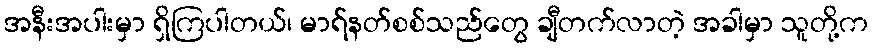
အနီးအပါးမှာ ရှိကြပါတယ်၊ မာရ်နတ်စစ်သည်တွေ ချီတက်လာတဲ့ အခါမှာ သူတို့က